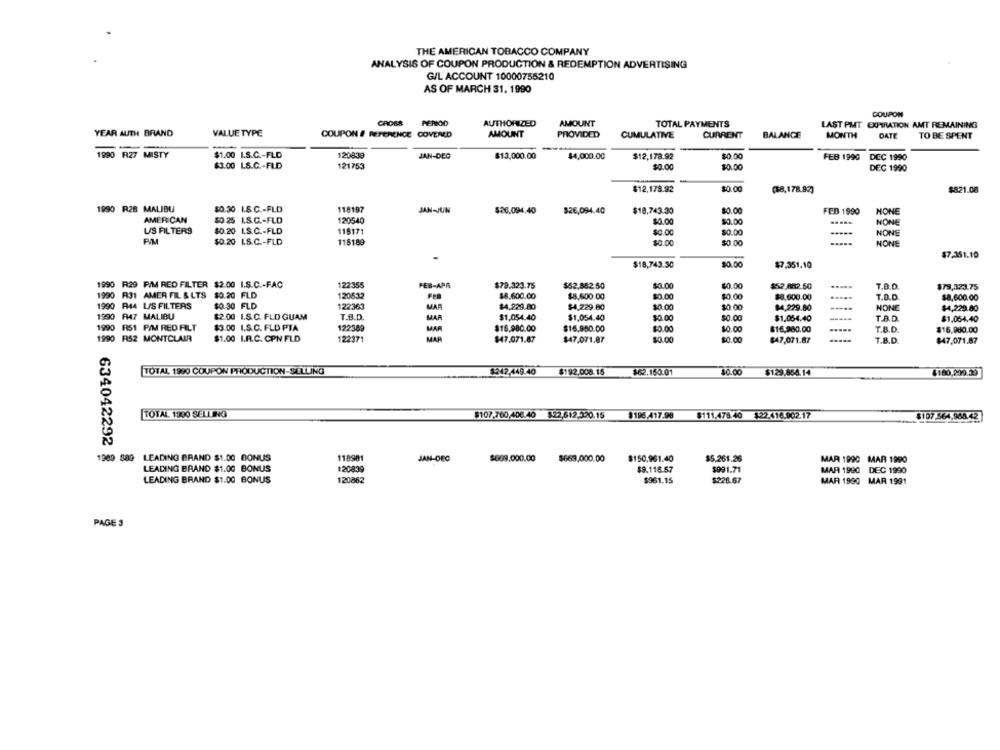
THE AMERICAN TOBACCO COMPANY
ANALYSIS OF COUPON PRODUCTION & REDEMPTION ADVERTISING
G/L ACCOUNT 10000755210
AS OF MARCH 31, 1990
COUPON
CROSS
PERIOD
AUTHORIZED
AMOUNT
TOTAL PAYMENTS
LAST PMT EXPIRATION AMT REMAINING
YEAR AUTH BRAND
VALUE TYPE
COUPON # REFERENCE COVERED
AMOUNT
PROVIDED
CUMULATIVE
CURRENT
BALANCE
MONTH
DATE
TO BE SPENT
1990 R27 MISTY
$1.00 I.S.C .- FLD
120839
JAN-DEC
$13,000.00
$4,000.00
$12,178.92
$0.00
FEB 1990
DEC 1990
$3.00 LS.C .- FLD
121753
$0.00
$0.00
DEC 1990
$12,178.92
$0.00
$821.08
(8,178.92)
1990 R28 MALIBU
$0.30 I.S.C .- FLD
118197
JAN-JUN
$26.094.40
$26,094.40
$18,743.30
$0.00
FED 1990
NONE
AMERICAN
$0 25 1.S.C .- FLO
120540
$0.00
$0.00
NONE
US FILTERS
$0.20 I.S.C .- FLD
118171
$0.00
$0.00
NONE
PV/M
$0.00
.....
$0.20 1.S.C .- FLD
116189
$0.00
NONE
$7.351.10
$0.00
$18,743.50
$7.351.10
1990 R29 PIM RED FILTER $2.00 I.S.C .- FAC
122:355
FES-APR
$79.324.75
$62.882.50
$0.00
$0.00
$52.082.50
T.B.D.
$79,323.75
1990 R31 AMER FIL & LTS $0.20 FLD
120532
$8.600.00
$8,600.00
$0.00
$0.00
$8,000.00
T.D.D
$8,600.00
1990 R44 L/S FILTERS
$0.30 FLD
122363
MAP
$4,229.80
$4,229.80
30.00
30 00
$4,229.80
NONE
$4,229.80
1990 R47 MALIBU
$2.00 I.S. C. FLD GUAM
MAR
T.S.D.
$1,054.40
$1,054.40
$0.00
$0.00
$1,054.40
T.B.D.
$1.054.40
1990 R51 PIM RED FILT
$3.00 I.S.C. FLD PTA
122389
MAR
$16.980.00
$16.950.00
$0.00
$0.00
$16,980.00
T.B.D.
$16.980.00
1990 R52 MONTCLAIR
$1.00 I.A.C. CPN FLD
MAP
$0.00
122371
$47.071.87
$47,071.87
$0.00
$47,071.87
T.B.D.
$47,071.87
TOTAL, 1990 COUPON PRODUCTION-SELLING
$242.449.40
$192.008.15
$62.150.01
10.00
$129.854.14
$180.239.35
TOTAL 1900 SELLING
$107.760,406.40 $22,612.320.15
$196,417.90
$111,478.40 $22.416.902.17
$107 564.968.42
1989 $89 LEADING BRAND $1.00 BONUS
88634042292 8
118901
$609.000.00
$669,000.00
$150,961.40
$5,261.26
JAN-DEC
MAR 1990 MAR 1990
LEADING BRAND $1.00 BONUS
120839
$9.116.57
$991.71
MAR 1990 DEC 1990
LEADING BRAND $1.00 BONUS
120862
$961.15
$228.67
MAR 1990 MAR 1991
PAGE 3